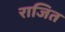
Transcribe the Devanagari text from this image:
राजित